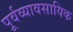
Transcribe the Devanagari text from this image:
पूर्वव्यावसायिक